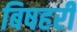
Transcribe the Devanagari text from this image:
बिषहरी